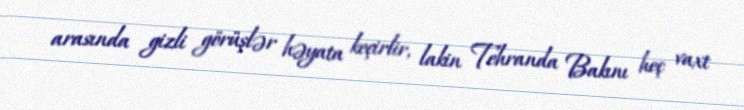
arasında gizli görüşlər həyata keçirlir, lakin Tehranda Bakını heç vaxt